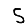
Digit: 5